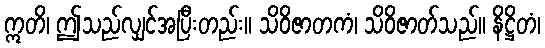
ဣတိ၊ ဤသည်လျှင်အပြီးတည်း။ သိဝိဇာတကံ၊ သိဝိဇာတ်သည်။ နိဋ္ဌိတံ၊